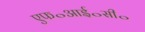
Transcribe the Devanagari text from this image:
एफ॰आई॰सी॰